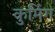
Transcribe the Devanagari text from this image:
कुमिंग